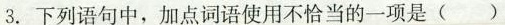
3.下列语句中，加点词语使用不恰当的一项是 ()